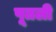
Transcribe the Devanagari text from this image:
पूतली